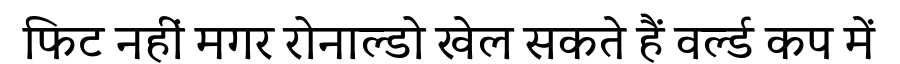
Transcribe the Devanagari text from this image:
फिट नहीं मगर रोनाल्डो खेल सकते हैं वर्ल्ड कप में